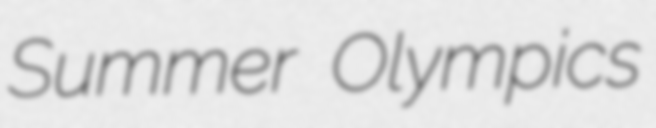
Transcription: Summer Olympics